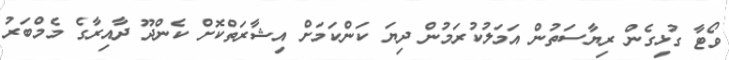
ވޯޓާ ގުޅިގެން ރިޔާސަތުން އަމަލުކުރަމުން ދިޔަ ކަންކަމަށް އިޝާރަތްކޮށް ކެންދޫ ދާއިރާގެ މެމްބަރު